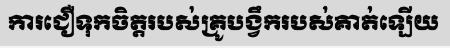
ការជឿទុកចិត្តរបស់គ្រូបង្វឹករបស់គាត់ឡើយ